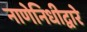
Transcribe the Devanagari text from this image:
नाणेनिधीद्वारे